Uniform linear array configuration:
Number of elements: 48
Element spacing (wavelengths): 1
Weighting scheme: cosine
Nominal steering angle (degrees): -60
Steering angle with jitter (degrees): -61.582
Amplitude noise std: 0.05
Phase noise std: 0.05

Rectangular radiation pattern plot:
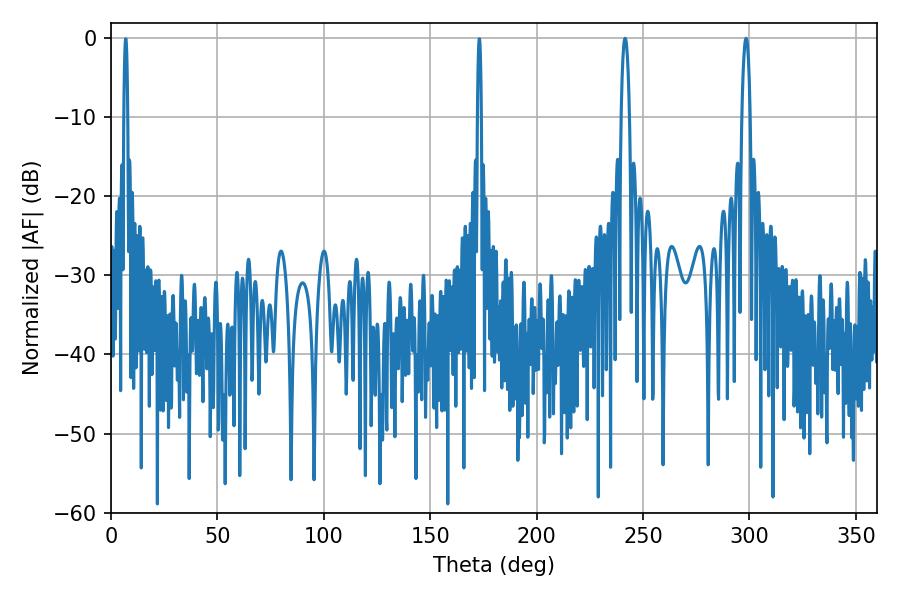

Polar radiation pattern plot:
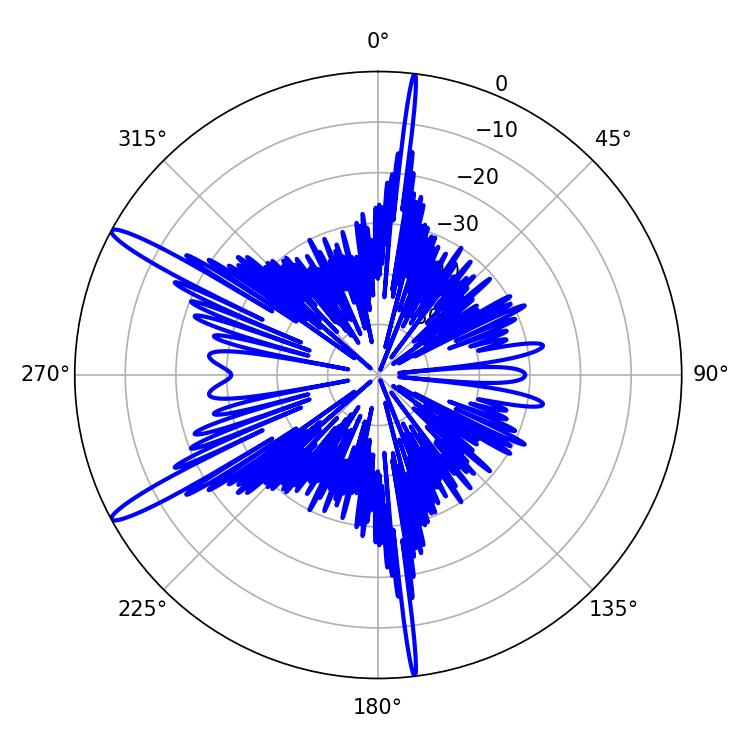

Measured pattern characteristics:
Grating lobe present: TRUE
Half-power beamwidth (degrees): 2.16
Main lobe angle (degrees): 241.56